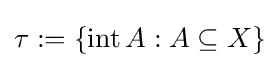
\tau :=\{\operatorname {int} A:A\subseteq X\}